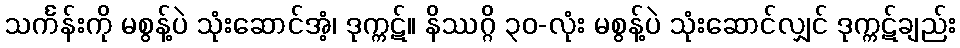
သင်္ကန်းကို မစွန့်ပဲ သုံးဆောင်အံ့၊ ဒုက္ကဋ်။ နိဿဂ္ဂိ ၃၀-လုံး မစွန့်ပဲ သုံးဆောင်လျှင် ဒုက္ကဋ်ချည်း